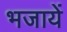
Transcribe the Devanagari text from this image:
भजायें